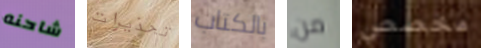
شاحنه تحذيرات بالكتاب من مخصص